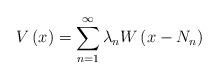
LaTeX: \begin{align*} V\left(x\right)=\sum_{n=1}^{\infty}\lambda_{n}W\left(x-N_{n}\right)\end{align*}